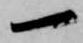
一